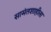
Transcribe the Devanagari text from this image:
सामंतशाहीला